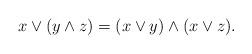
LaTeX: \begin{align*}x \vee (y \wedge z) = (x \vee y) \wedge (x \vee z). \end{align*}